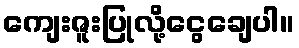
ကျေးဇူးပြုလို့ငွေချေပါ။